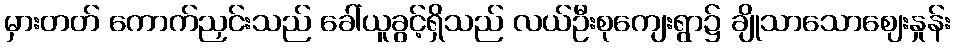
မှားတတ် ကောက်ညှင်းသည် ခေါ်ယူခွင့်ရှိသည် လယ်ဦးစုကျေးရွာ၌ ချိုသာသောဈေးနှုန်း